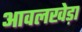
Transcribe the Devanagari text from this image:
आवलखेड़ा